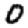
Digit: 0